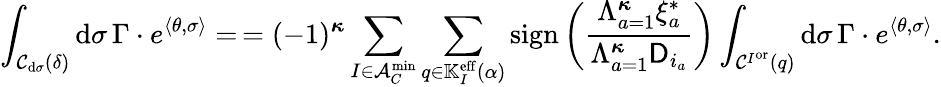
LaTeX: \int_{\mathcal{C}_{\mathrm{d}\sigma}(\delta)}\mathrm{d}\sigma\, \Gamma\cdot e^{\langle\theta,\sigma\rangle}=\, =(-1)^{{\boldsymbol{\kappa}}}\sum_{I\in\mathcal{A}_{C}^{\operatorname*{min}}}\sum_{q\in\mathbb{K}_{I}^{{\mathrm{eff}}}(\alpha)}\mathrm{sign}\left(\frac{\Lambda_{a=1}^{{\boldsymbol{\kappa}}}\xi_{a}^{*}}{\Lambda_{a=1}^{{\boldsymbol{\kappa}}}\mathsf{D}_{i_{a}}}\right)\int_{\mathcal{C}^{I^{\mathrm{or}}}(q)}\mathrm{d}\sigma\, \Gamma\cdot e^{\langle\theta,\sigma\rangle}.